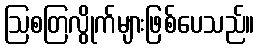
ဩစတြလွိုက်များဖြစ်ပေသည်။